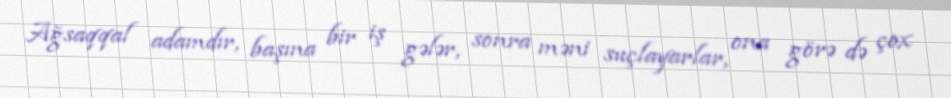
Ağsaqqal adamdır, başına bir iş gələr, sonra məni suçlayarlar, ona görə də çox